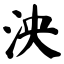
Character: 泱